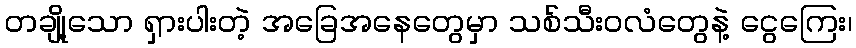
တချို့သော ရှားပါးတဲ့ အခြေအနေတွေမှာ သစ်သီးဝလံတွေနဲ့ ငွေကြေး၊